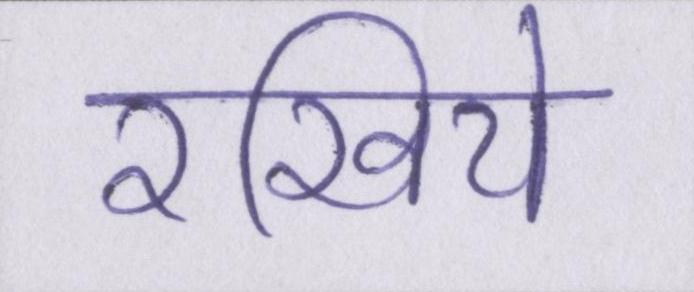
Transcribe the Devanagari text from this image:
रखिये